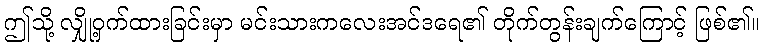
ဤသို့ လျှို့ဝှက်ထားခြင်းမှာ မင်းသားကလေးအင်ဒရေ၏ တိုက်တွန်းချက်ကြောင့် ဖြစ်၏။